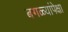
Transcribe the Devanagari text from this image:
बगळ्यांपेक्षा